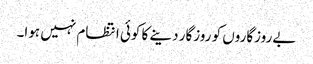
بےروزگاروں کو روزگار دینے کا کوئی انتظام نہیں ہوا۔